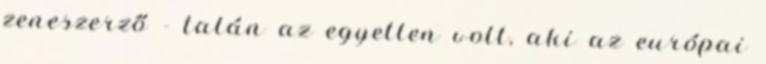
zeneszerző - talán az egyetlen volt, aki az európai